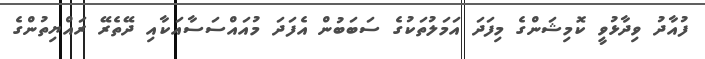
ފުއާދު ވިދާޅުވީ ކޮމިޝަންގެ މިފަދަ އަމަލުތަކުގެ ސަބަބުން އެފަދަ މުއައްސަސާއަކާއި ދޭތެރޭ ރައްޔިތުންގެ